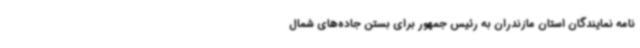
نامه نمایندگان استان مازندران به رئیس جمهور برای بستن جاده‌های شمال